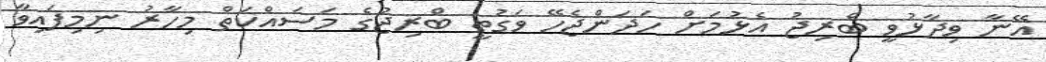
އޭނާ ވިދާޅުވީ ބްރިޖު އެޅުމަށް ހަދަންޖެހޭ ވަގުތީ ބްރިޖުގެ މަސައްކަތް މިހާރު ނިމިފައިވާ